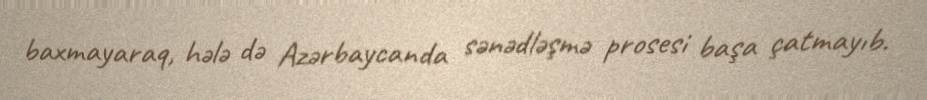
baxmayaraq, hələ də Azərbaycanda sənədləşmə prosesi başa çatmayıb.